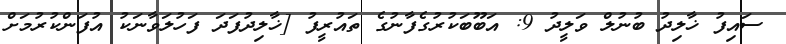
ސައިފު ޚާލިދު ބުނުލް ވަލީދު 9: އަބޫބަކުރުގެފާނުގެ ތައުރީފު [ޚާލިދުފަދަ ފަހުލަވާނަކު އުފަންކުރުމަށް